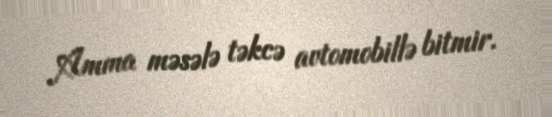
Amma məsələ təkcə avtomobillə bitmir.